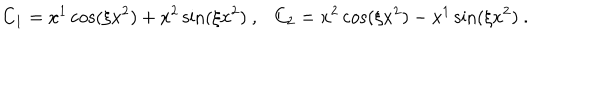
C _ { 1 } = x ^ { 1 } \cos ( \xi x ^ { 2 } ) + x ^ { 2 } \sin ( \xi x ^ { 2 } ) \ , \ \ \ C _ { 2 } = x ^ { 2 } \cos ( \xi x ^ { 2 } ) - x ^ { 1 } \sin ( \xi x ^ { 2 } ) \ .